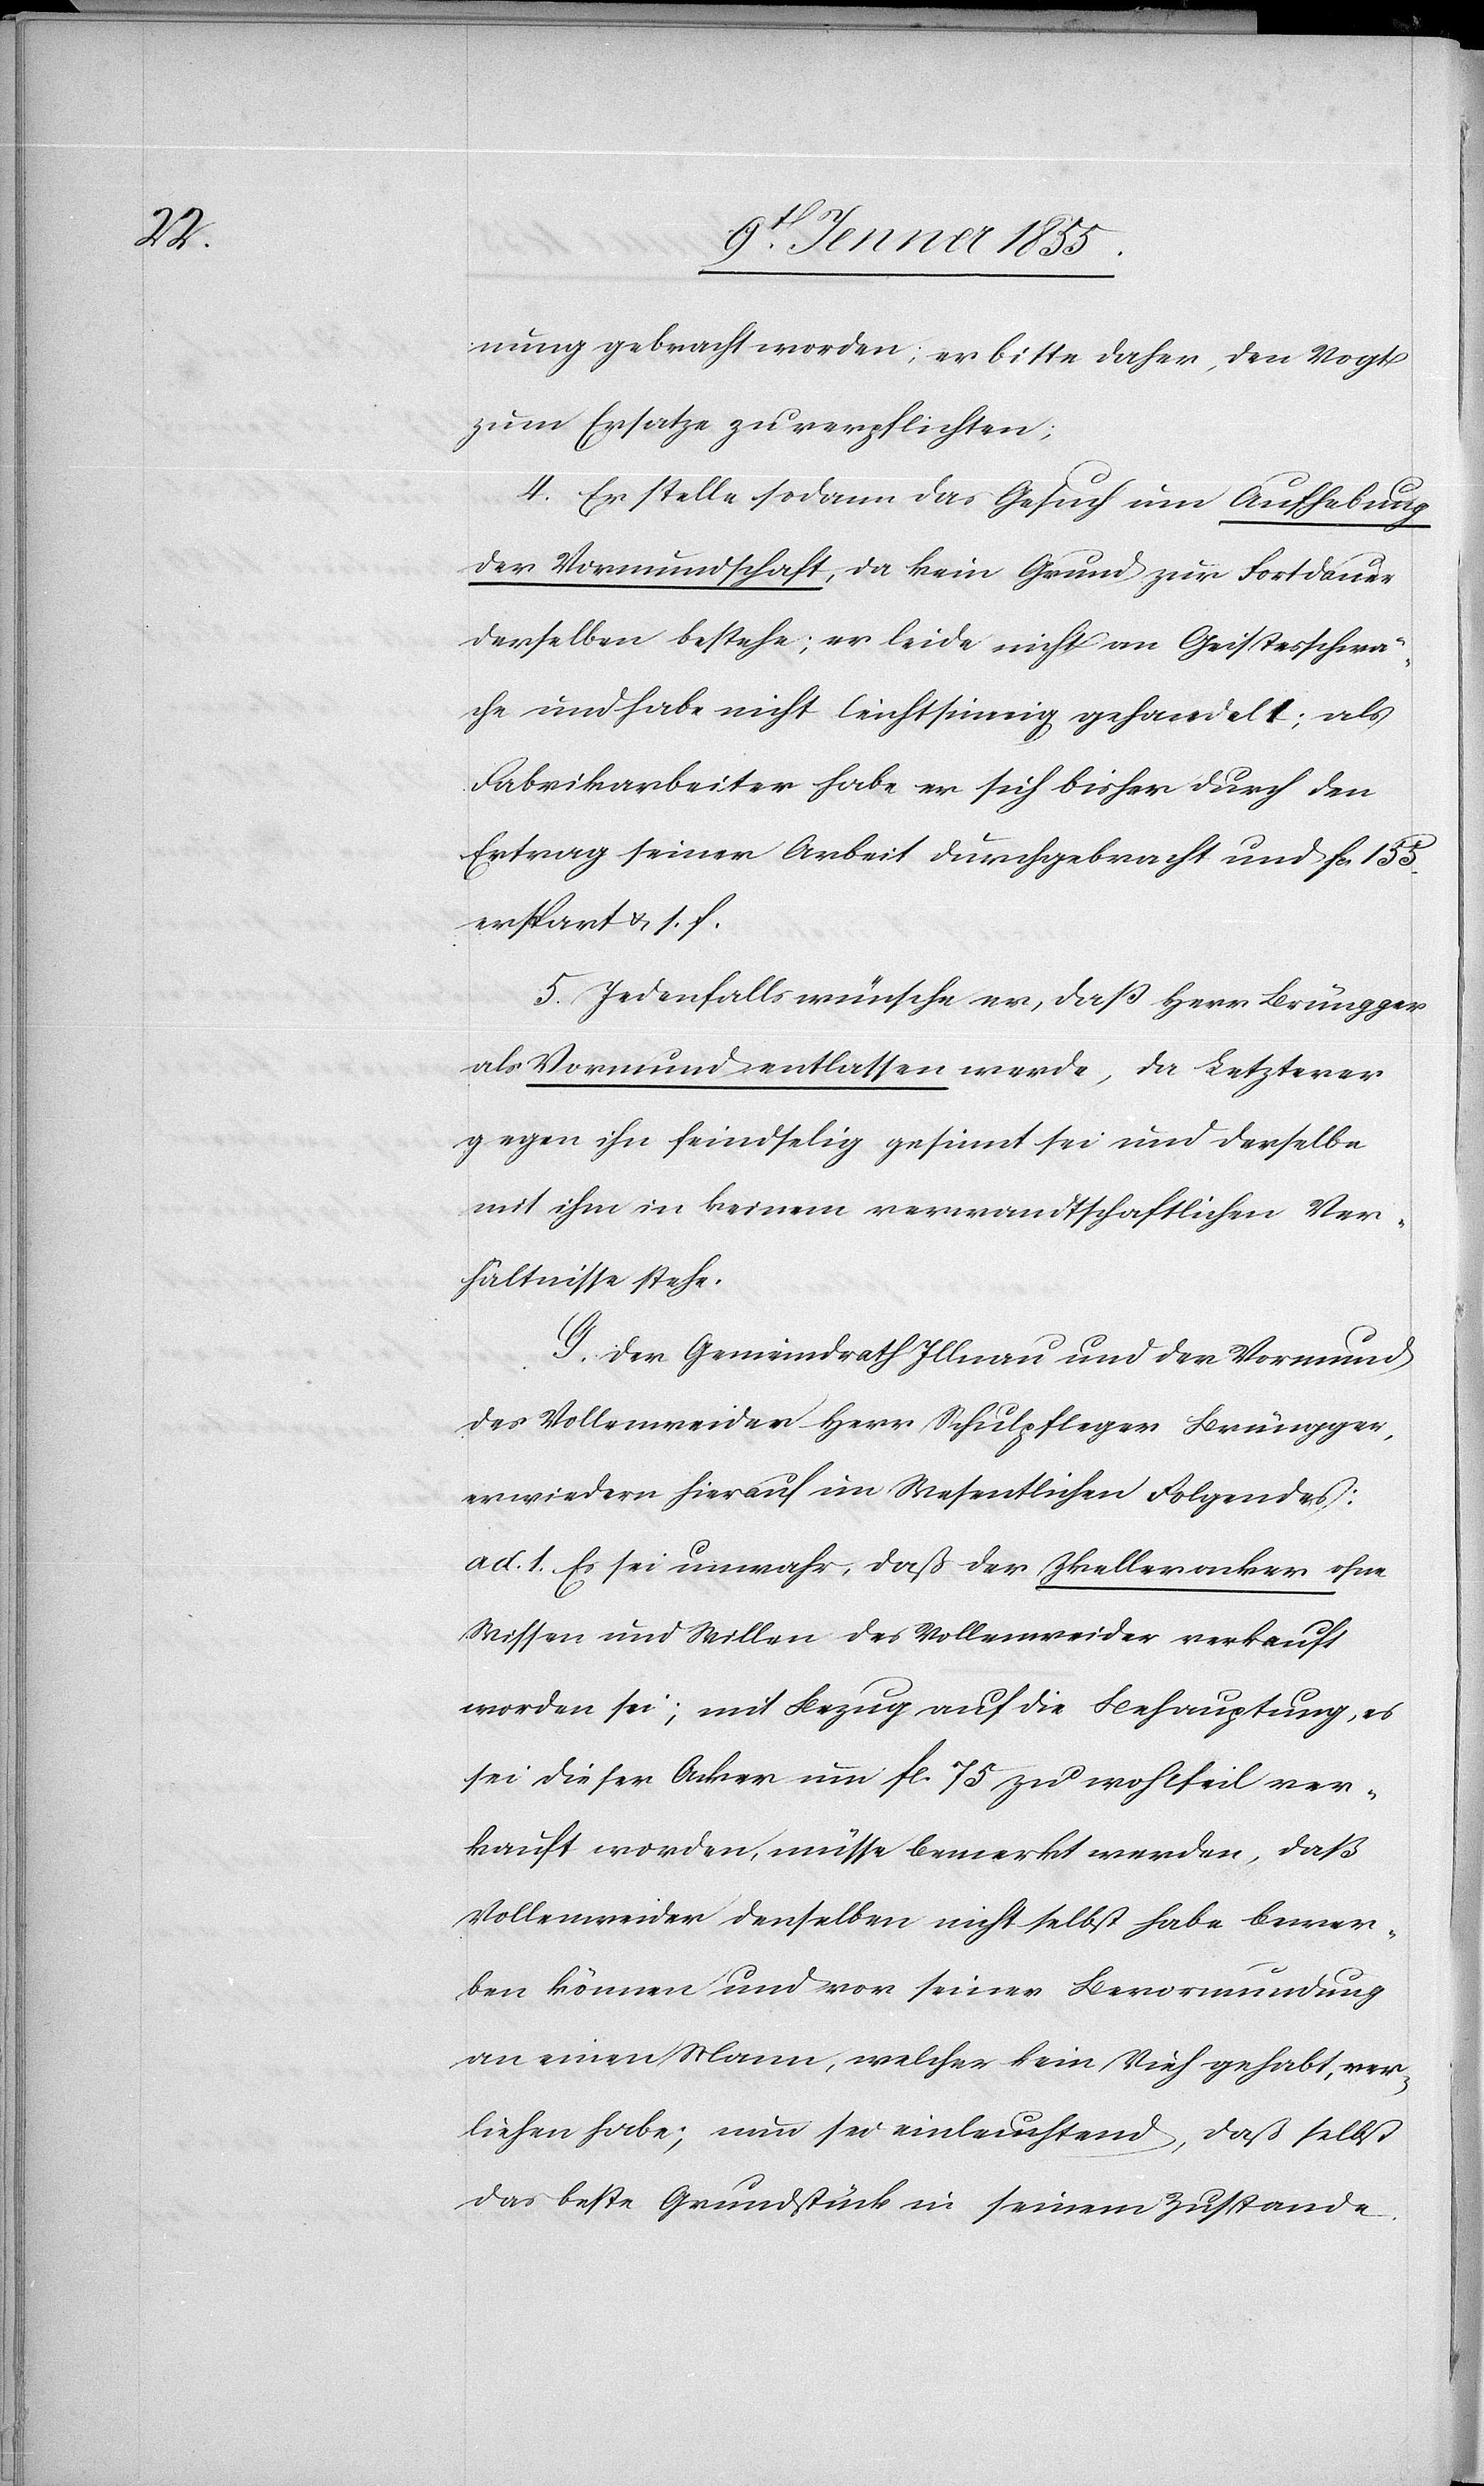
nung gebracht worden; er bitte daher, den Vogt
zum Ersatze zu verpflichten;
4. Er stelle sodann das Gesuch um Aufhebung
der Vormundschaft, da kein Grund zur Fortdauer
derselben bestehe; er leide nicht an Geistesschwä¬
che und habe nicht leichtsinnig gehandelt; als
Fabrikarbeiter habe er sich bisher durch den
Ertrag seiner Arbeit durchgebracht und Fcs 135.
erspart & s. f.
5. Jedenfalls wünsche er, daß Herr Brüngger
als Vormund entlassen werde, da Letzterer
gegen ihn feindselig gesinnt sei und derselbe
mit ihm in keinem verwandtschaftlichen Ver¬
hältnisse stehe.
G. Der Gemeindrath Illnau und der Vormund
des Vollenweider Herr Schulpfleger Brüngger,
erwiedern hierauf im Wesentlichen Folgendes:
ad. 1. Es sei unwahr, daß der Zkelleracker ohne
Wissen und Willen des Vollenweider verkauft
worden sei; mit Bezug auf die Behauptung, es
sei dieser Acker um fl. 75 zu wohlfeil ver¬
kauft worden, müsse bemerkt werden, daß
Vollenweider denselben nicht selbst habe bewer¬
ben können und vor seiner Bevormundung
an einen Mann, welcher kein Vieh gehabt, ver¬
liehen habe; nun sei einleuchtend, daß selbst
das beste Grundstück in seinem Zustande